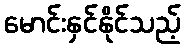
မောင်းနှင်နိုင်သည့်